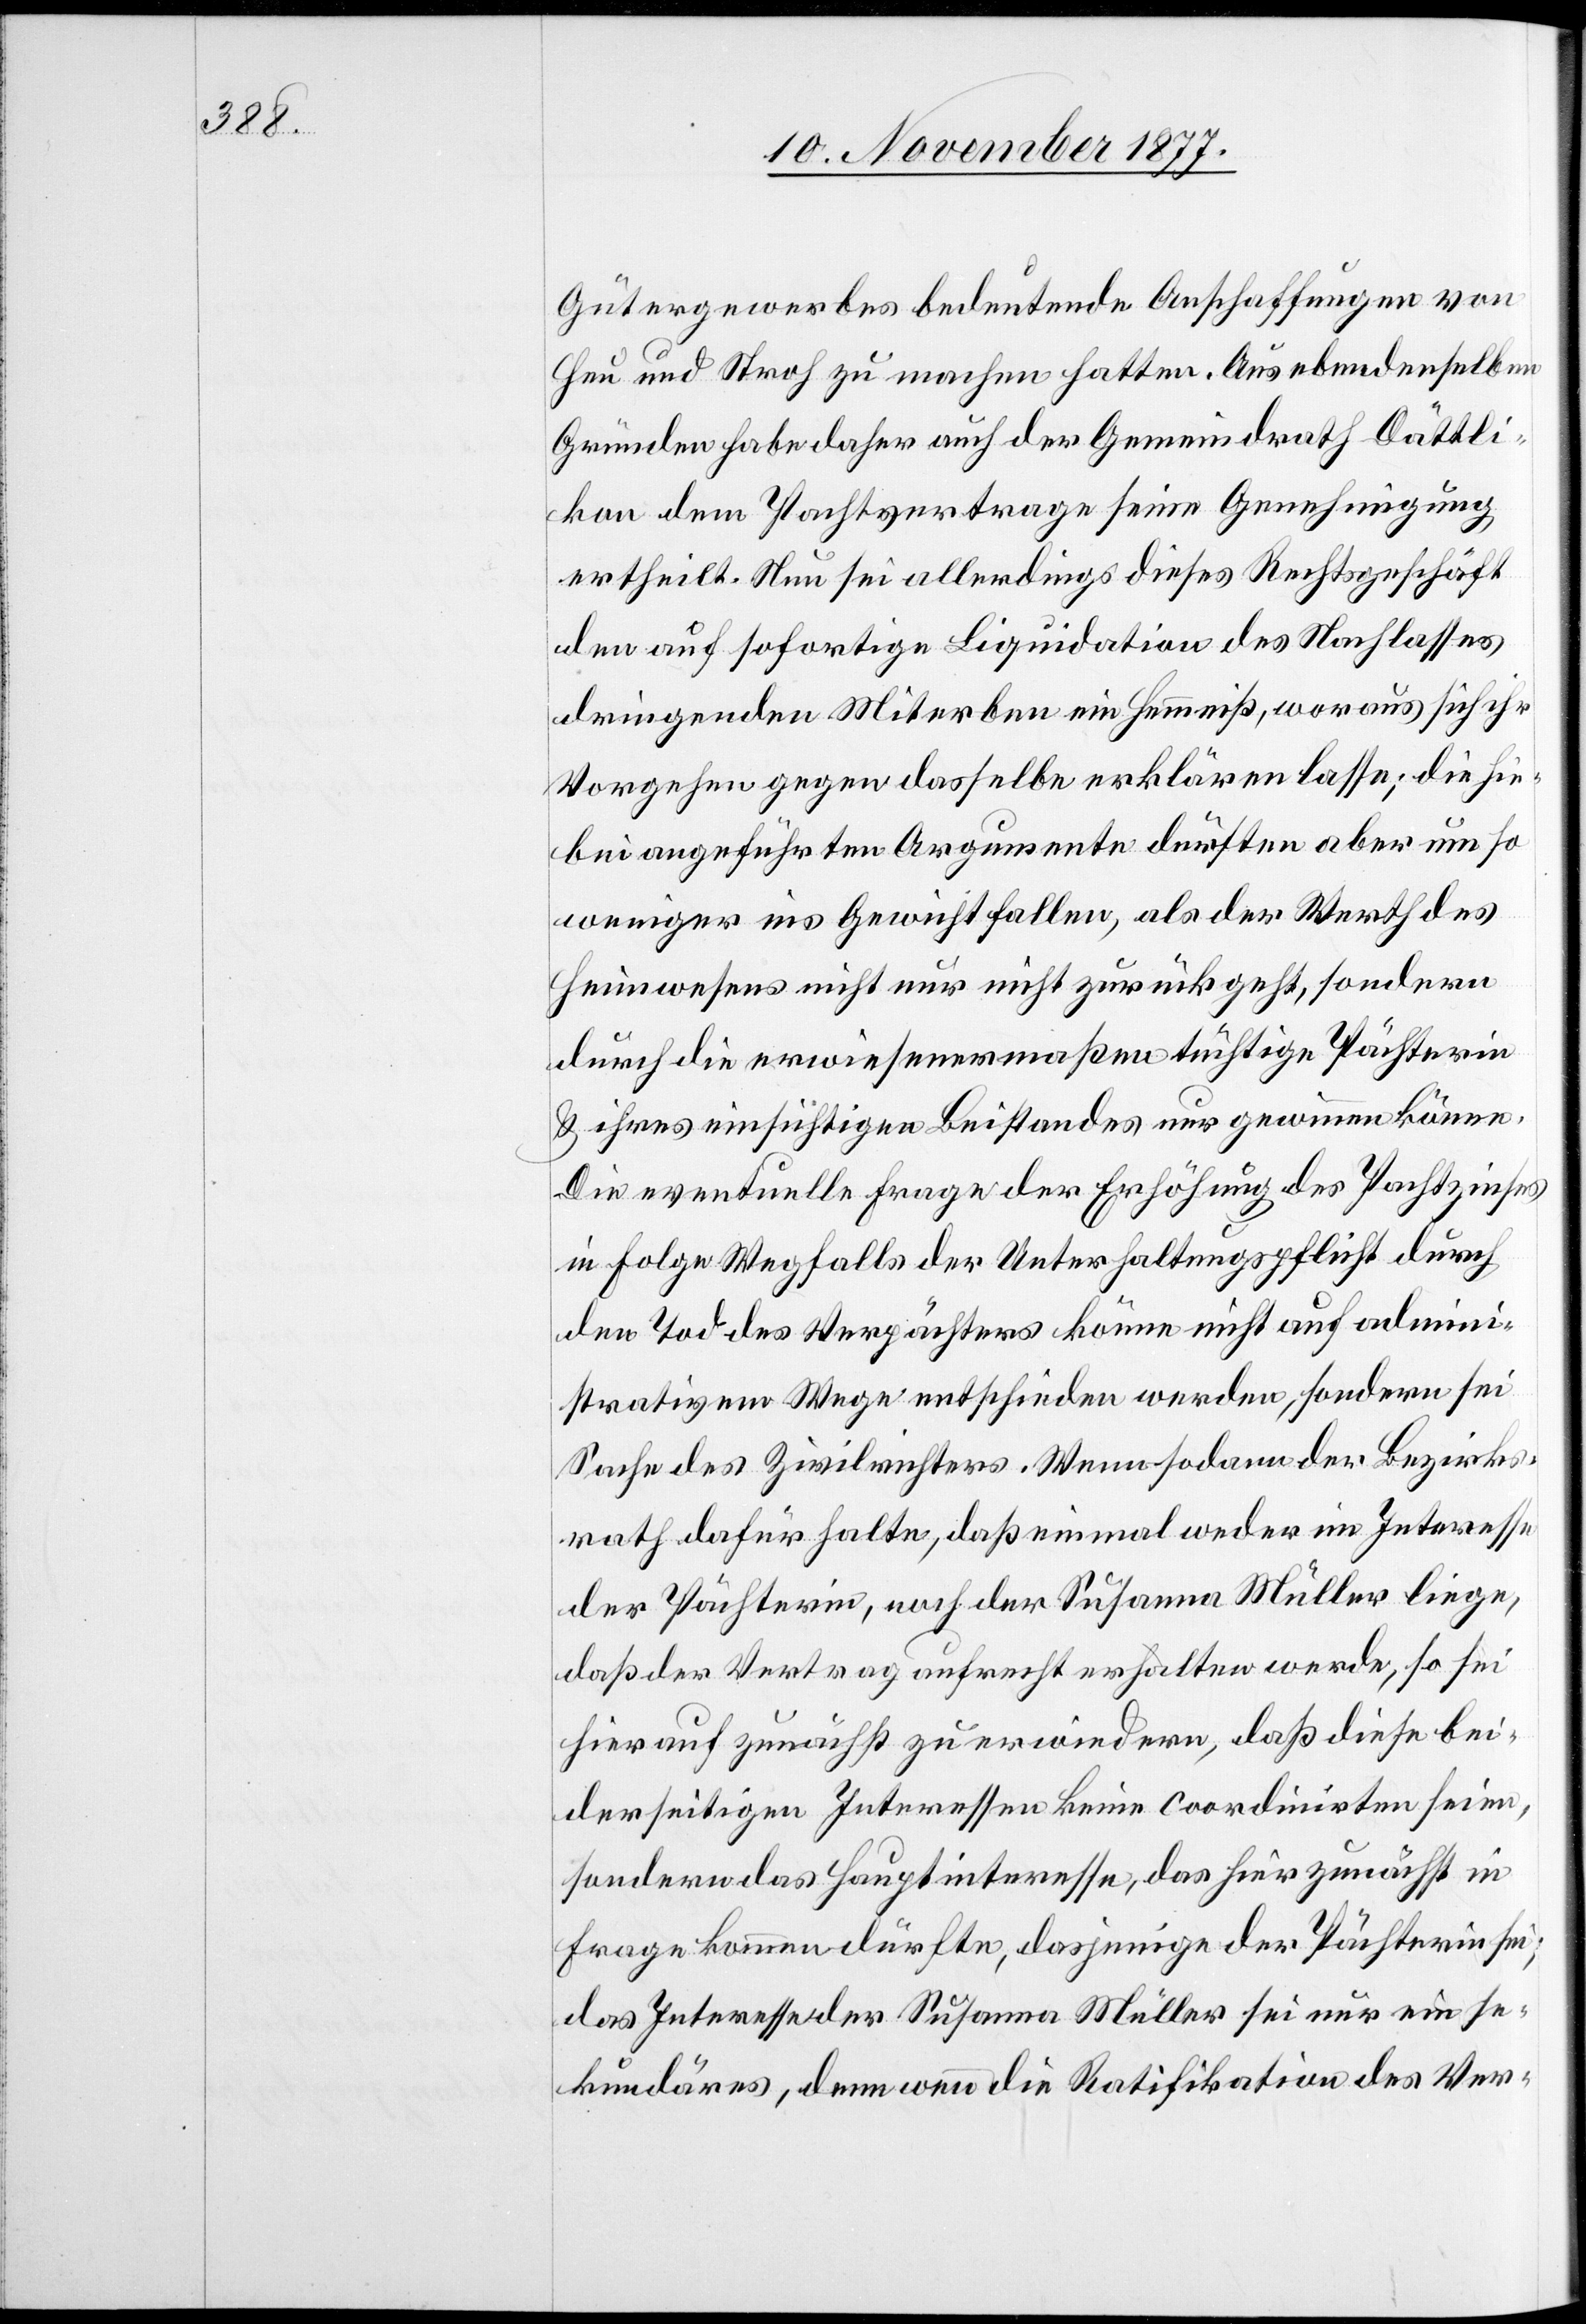
Gütergewerbes bedeutende Anschaffungen von
heu und Stroh zu machen hatten. Aus ebendenselben
Gründen habe daher auch der Gemeindrath Dättli¬
kon dem Pachtvertrage seine Genehmigung
ertheilt. Nun sei allerdings dieses Rechtsgeschäft
den auf sofortige Liquidation des Nachlasses
dringenden Miterben ein Hemmniß, woraus sich ihr
Vorgehen gegen dasselbe erklären lasse; die hie¬
bei angeführten Argumente dürften aber um so
weniger ins Gewicht fallen, als der Werth des
Heimwesens nicht nur nicht zurückgeht, sondern
durch die erwiesenermaßen tüchtige Pächterin
& ihres einsichtigen Beistandes nur gewinnen könne.
Die eventuelle Frage der Erhöhung des Pachtzinses
in Folge Wegfalls der Unterhaltungspflicht durch
den Tod des Verpächters könne nicht auf admini¬
strativem Wege entschieden werden, sondern sei
Sache des Zivilrichters. Wenn sodann der Bezirks¬
rath dafür halte, daß einmal weder im Interesse
der Pächterin, noch der Susanna Müller liege,
daß der Vertrag aufrecht erhalten werde, so sei
hierauf zunächst zu erwiedern, daß diese bei¬
derseitigen Interessen keine coordinirten seien,
sondern das Hauptinteresse, das hier zunächst in
Frage kommen dürfte, dasjenige der Pächterin sei;
das Interesse der Susanna Müller sei nur ein se¬
kundäres, denn wenn die Ratifikation des Ver-